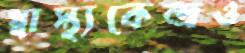
স্বাস্থ্যকেন্দ্রও